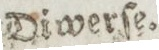
Diwerſe.